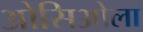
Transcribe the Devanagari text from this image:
ओसिओला